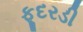
ફૂદરડી